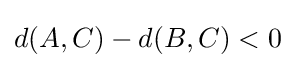
d(A,C)-d(B,C)<0